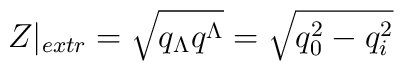
Z|_{extr}=\sqrt{q_\Lambda q^\Lambda}=\sqrt{q_0^2-q_i^2}